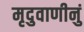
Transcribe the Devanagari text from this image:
मृदुवाणीनुं